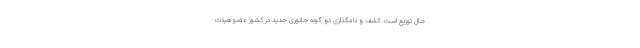
حال توزیع است. کشف و نامگذاری دو گونه جانوری جدید در کشور عضو هیئت